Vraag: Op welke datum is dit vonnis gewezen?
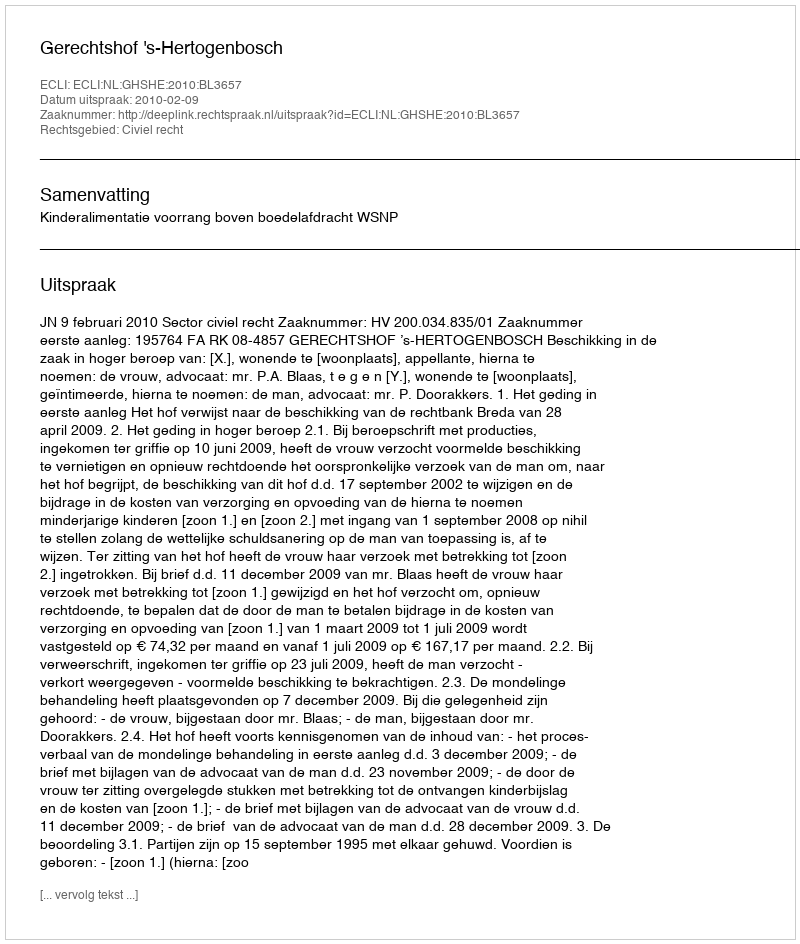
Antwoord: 2010-02-09